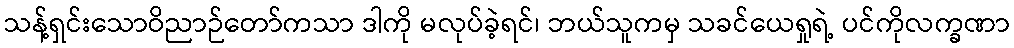
သန့်ရှင်းသောဝိညာဉ်တော်ကသာ ဒါကို မလုပ်ခဲ့ရင်၊ ဘယ်သူကမှ သခင်ယေရှုရဲ့ ပင်ကိုလက္ခဏာ